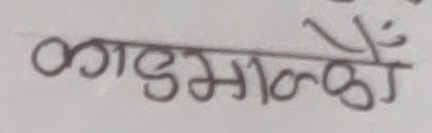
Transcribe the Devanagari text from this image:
काठमाडौं